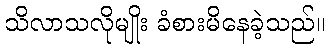
သိလာသလိုမျိုး ခံစားမိနေခဲ့သည်။